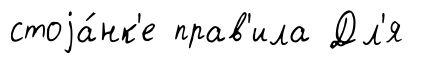
стоjа́нк'е прав'ила Дл'я